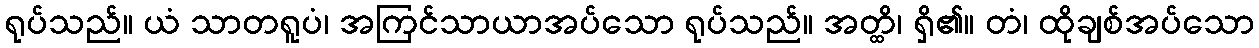
ရုပ်သည်။ ယံ သာတရူပံ၊ အကြင်သာယာအပ်သော ရုပ်သည်။ အတ္ထိ၊ ရှိ၏။ တံ၊ ထိုချစ်အပ်သော